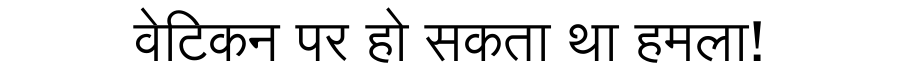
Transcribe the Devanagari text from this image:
वेटिकन पर हो सकता था हमला!